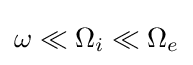
\omega \ll \Omega _{i}\ll \Omega _{e}